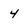
Character: 4